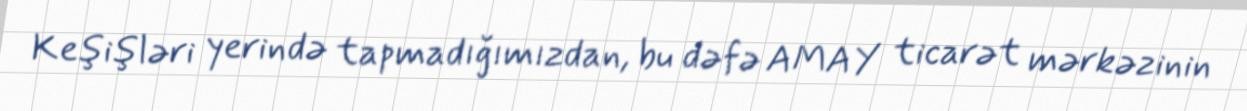
Keşişləri yerində tapmadığımızdan, bu dəfə AMAY ticarət mərkəzinin